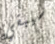
سيبقي